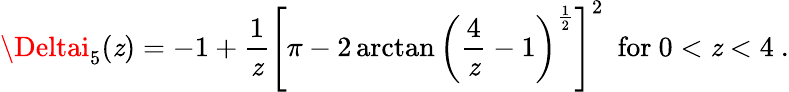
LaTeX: \Deltai_{5}(\mathit{z})=-1+\frac{{1}}{{\mathit{z}}}\left[\pi-2\arctan\left(\frac{{4}}{{\mathit{z}}}-1\right)^{\frac{{1}}{{2}}}\right]^{2}~~\mathrm{{for}}~0<\mathit{z}<4~.